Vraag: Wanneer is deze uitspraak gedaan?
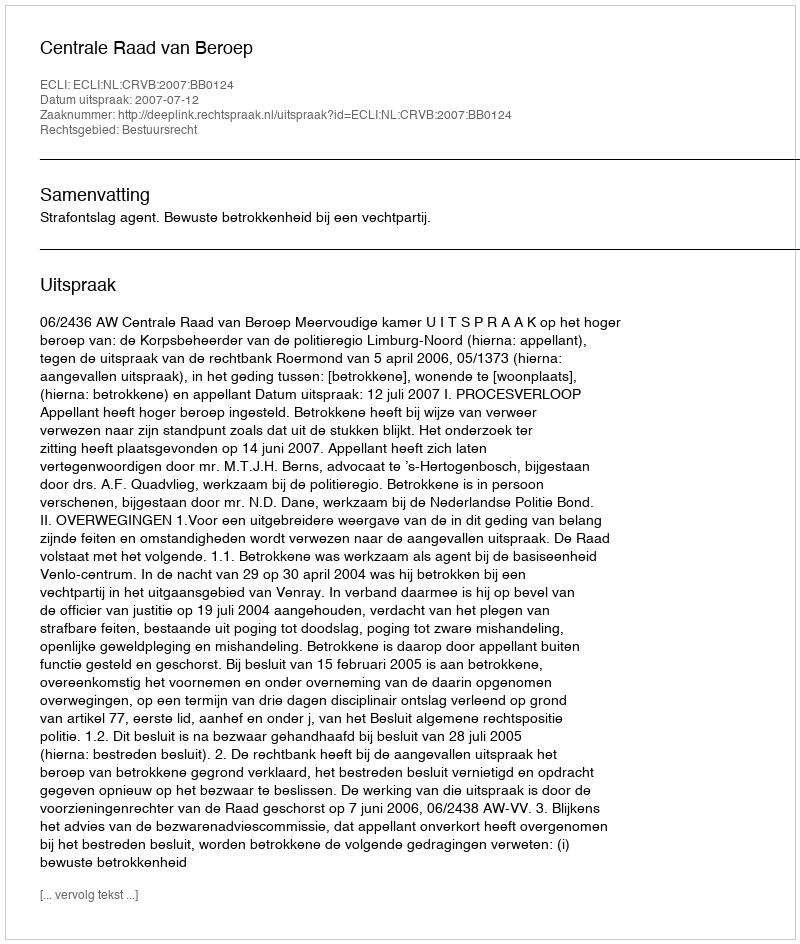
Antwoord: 2007-07-12